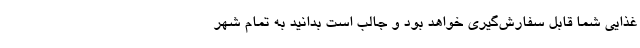
غذایی شما قابل سفارش‌گیری خواهد بود و جالب است بدانید به تمام شهر